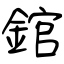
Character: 錧